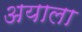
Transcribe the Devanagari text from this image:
अयाला